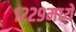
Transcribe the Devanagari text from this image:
१२२९मध्ये